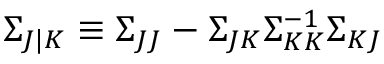
\Sigma _ { J | K } \equiv \Sigma _ { J J } - \Sigma _ { J K } \Sigma _ { K K } ^ { - 1 } \Sigma _ { K J }